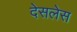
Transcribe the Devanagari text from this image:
देसलेस